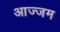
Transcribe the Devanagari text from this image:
आज्जम